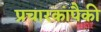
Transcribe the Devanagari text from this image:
प्रचारकांपैकी